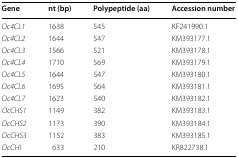
<table><thead><tr><td><b>Gene</b></td><td><b>nt (bp)</b></td><td><b>Polypeptide (aa)</b></td><td><b>Accession number</b></td></tr></thead><tbody><tr><td><i>Oc4CL1</i></td><td>1638</td><td>545</td><td>KF241990.1</td></tr><tr><td><i>Oc4CL2</i></td><td>1644</td><td>547</td><td>KM393177.1</td></tr><tr><td><i>Oc4CL3</i></td><td>1566</td><td>521</td><td>KM393178.1</td></tr><tr><td><i>Oc4CL4</i></td><td>1710</td><td>569</td><td>KM393179.1</td></tr><tr><td><i>Oc4CL5</i></td><td>1644</td><td>547</td><td>KM393180.1</td></tr><tr><td><i>Oc4CL6</i></td><td>1695</td><td>564</td><td>KM393181.1</td></tr><tr><td><i>Oc4CL7</i></td><td>1623</td><td>540</td><td>KM393182.1</td></tr><tr><td><i>OcCHS1</i></td><td>1149</td><td>382</td><td>KM393183.1</td></tr><tr><td><i>OcCHS2</i></td><td>1173</td><td>390</td><td>KM393184.1</td></tr><tr><td><i>OcCHS3</i></td><td>1152</td><td>383</td><td>KM393185.1</td></tr><tr><td><i>OcCHI</i></td><td>633</td><td>210</td><td>KR822738.1</td></tr></tbody></table>